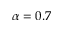
\alpha = 0 . 7